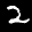
Label: 2